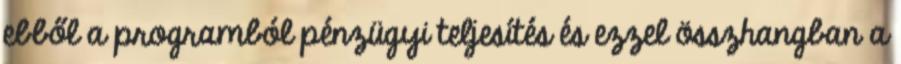
ebből a programból pénzügyi teljesítés és ezzel összhangban a